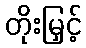
တိုးမြှင့်